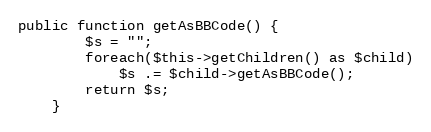
Language: PHP
public function getAsBBCode() {
        $s = "";
        foreach($this->getChildren() as $child)
            $s .= $child->getAsBBCode();
        return $s;
    }